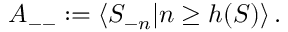
{ \cal A } _ { -- } : = \langle S _ { - n } | n \geq h ( S ) \rangle \, .